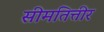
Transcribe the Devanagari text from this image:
सीमतित्तीर